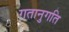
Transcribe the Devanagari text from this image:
गतानुगति